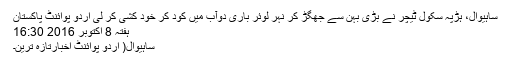
ساہیوال، ہڑپہ سکول ٹیچر نے بڑی بہن سے جھگڑ کر نہر لوئر باری دوآب میں کود کر خود کشی کر لی اُردو پوائنٹ پاکستان
ہفتہ 8 اکتوبر 2016 16:30
ساہیوال( اُردو پوائنٹ اخبارتازہ ترین۔